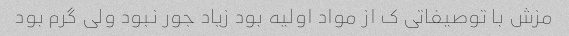
مزش با توصیفاتی ک از مواد اولیه بود زیاد جور نبود ولی گرم بود